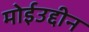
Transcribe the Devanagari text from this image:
मोईउद्दीन